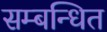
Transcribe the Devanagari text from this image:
सम्‍बन्‍धित